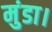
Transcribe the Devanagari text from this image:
मुंडा।